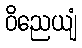
ဝိညေယျံ